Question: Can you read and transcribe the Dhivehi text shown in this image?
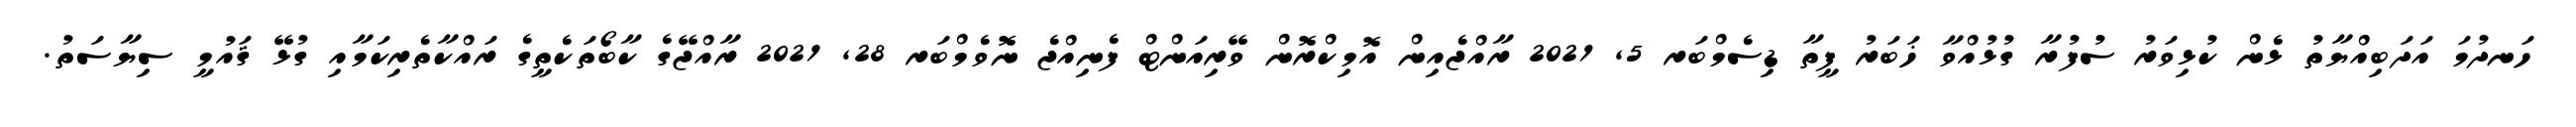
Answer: ހަނދުމަ އަދަބިއްޔާތު ޅެން ކުޅިވަރު ސުފުރާ ގުޅުއްވާ ޚަބަރު ފީތާ ޑިސެމްބަރ 5, 2021 ރާއްޖެއިން އޮމިކްރޮން ވޭރިއަންޓް ފެނިއްޖެ ނޮވެމްބަރ 28, 2021 ރާއްޖޭގެ ކާބޯތަކެތީގެ ރައްކާތެރިކަމާއި ގުޅޭ ޤައުމީ ސިޔާސަތު.